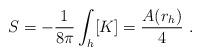
LaTeX: \begin{align*}S= -\frac{1}{8\pi}\int_{h}[K] = \frac{A(r_h)}{4}\ .\end{align*}